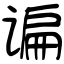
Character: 谝